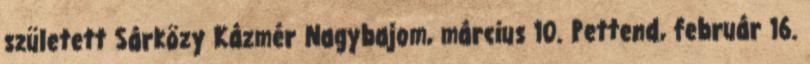
született Sárközy Kázmér Nagybajom, március 10. Pettend, február 16.